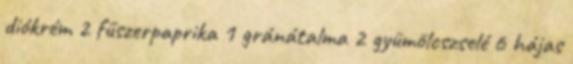
diókrém 2 fűszerpaprika 1 gránátalma 2 gyümölcszselé 6 hájas